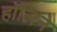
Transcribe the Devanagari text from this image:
हॉलिने